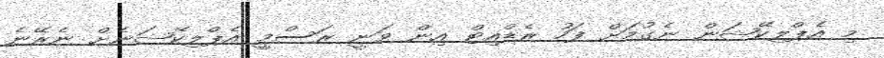
މި އެޕްލިކޭޝަން ނެގުމަށް ފަހު ރެޑްއިޓް އިން ވަނީ ރަސްމީ އެޕްލިކޭޝަނެށް ނެރޭނެ